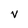
Character: v